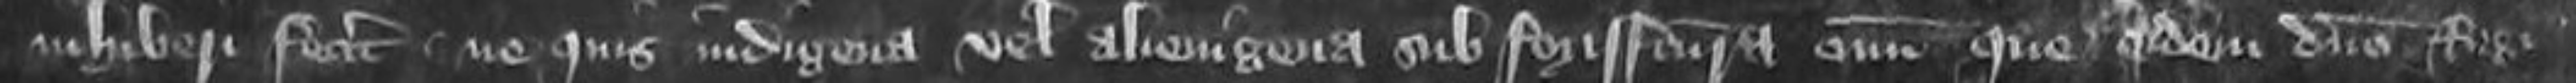
inhiberi fecerit ne quis indigena vel alienigena sub forisfactura omnium que eidem domino Regi